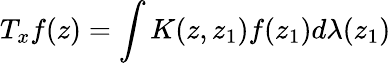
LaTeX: T_{x}f(z)=\int K(z,z_{1})f(z_{1})d\lambda(z_{1})